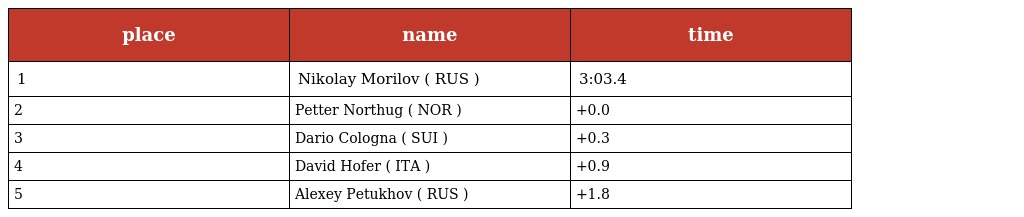
| place | name | time |
 | --- | --- | --- |
 | 1 | Nikolay Morilov ( RUS ) | 3:03.4 |
 | 2 | Petter Northug ( NOR ) | +0.0 |
 | 3 | Dario Cologna ( SUI ) | +0.3 |
 | 4 | David Hofer ( ITA ) | +0.9 |
 | 5 | Alexey Petukhov ( RUS ) | +1.8 |